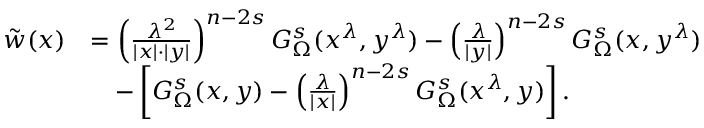
\begin{array} { r l } { \tilde { w } ( x ) } & { = \left( \frac { \lambda ^ { 2 } } { | x | \cdot | y | } \right) ^ { n - 2 s } G _ { \Omega } ^ { s } ( x ^ { \lambda } , y ^ { \lambda } ) - \left( \frac { \lambda } { | y | } \right) ^ { n - 2 s } G _ { \Omega } ^ { s } ( x , y ^ { \lambda } ) } \\ & { \quad - \left[ G _ { \Omega } ^ { s } ( x , y ) - \left( \frac { \lambda } { | x | } \right) ^ { n - 2 s } G _ { \Omega } ^ { s } ( x ^ { \lambda } , y ) \right] . } \end{array}